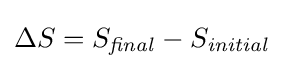
\Delta S=S_{\mathit {final}}-S_{\mathit {initial}}